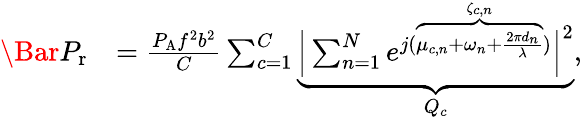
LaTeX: \begin{array}{rl}{\Bar{P_{\mathrm{r}}}}&{=\frac{P_{\mathrm{A}}f^{2}b^{2}}{C}\sum_{c=1}^{C}\underbrace{\Big|\sum_{n=1}^{N}e^{j(\overbrace{\mu_{c,n}+\omega_{n}+\frac{2\pi d_{n}}{\lambda}}^{\zeta_{c,n}})}\Big|^{2}}_{Q_{c}},}\end{array}